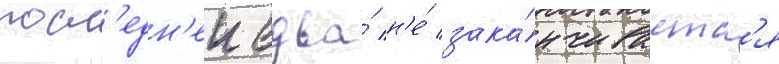
посл'едн'еи едва́ н'е́ зака́нчиваетс'я